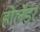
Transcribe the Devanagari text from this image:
होलॅंडर